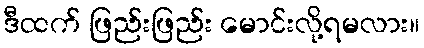
ဒီထက် ဖြည်းဖြည်း မောင်းလို့ရမလား။